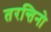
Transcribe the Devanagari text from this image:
तरन्तिनो